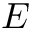
E